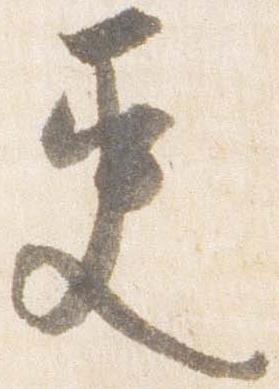
更